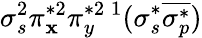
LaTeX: \sigma_{s}^{2}\pi_{\mathbf{x}}^{*2}\pi_{y}^{*2}{}\, ^{1}(\sigma_{s}^{*}\overline{{{\sigma_{p}^{*}}}})